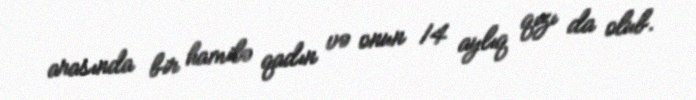
arasında bir hamilə qadın və onun 14 aylıq qızı da olub.